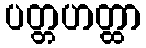
ပတ္တဟတ္ထာ